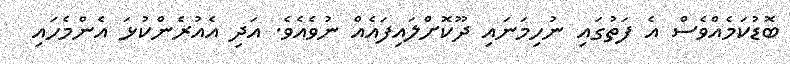
ބޮޑުކަމެއްވެސް އެ ފަތުގައި ނުހިމަނައި ދޫކޮށްލައިފައެއް ނުވެއެވެ. އަދި އެއުރެންކުޅަ އެންމެހައި